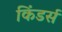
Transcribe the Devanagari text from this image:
किंडर्स